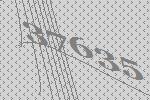
37635